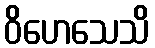
ဝိဟေသေသိ